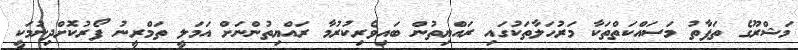
މަޝްރޫގެ ތަފާތު މަސައްކަތްތަކާ މަރުހަލާތަކުގައި ރައްޔިތުން ބައިވެރިކުރުމާ ރައްޔިތުންނަށް އަމަލީ ތަމްރީނު ފޯރުކޮށްދިނުމަކީ